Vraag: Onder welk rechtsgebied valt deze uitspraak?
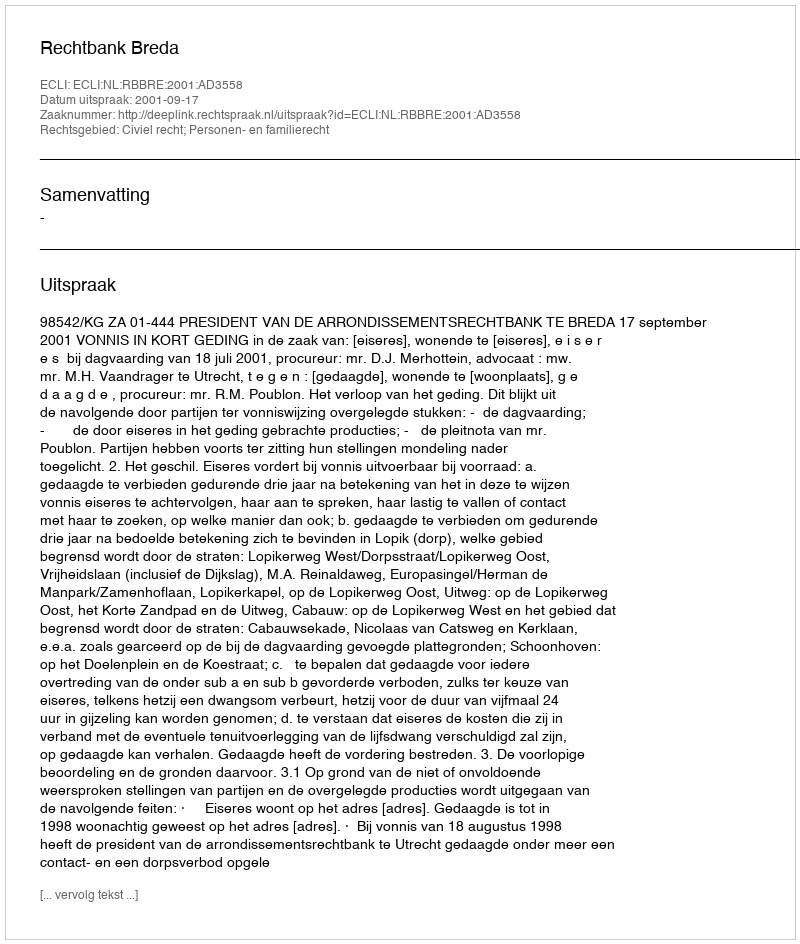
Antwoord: Civiel recht; Personen- en familierecht